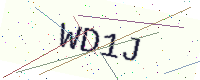
Text: WD1J